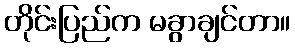
တိုင်းပြည်က မခွာချင်တာ။